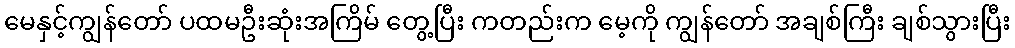
မေနှင့်ကျွန်တော် ပထမဦးဆုံးအကြိမ် တွေ့ပြီး ကတည်းက မေ့ကို ကျွန်တော် အချစ်ကြီး ချစ်သွားပြီး